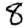
Digit: 8